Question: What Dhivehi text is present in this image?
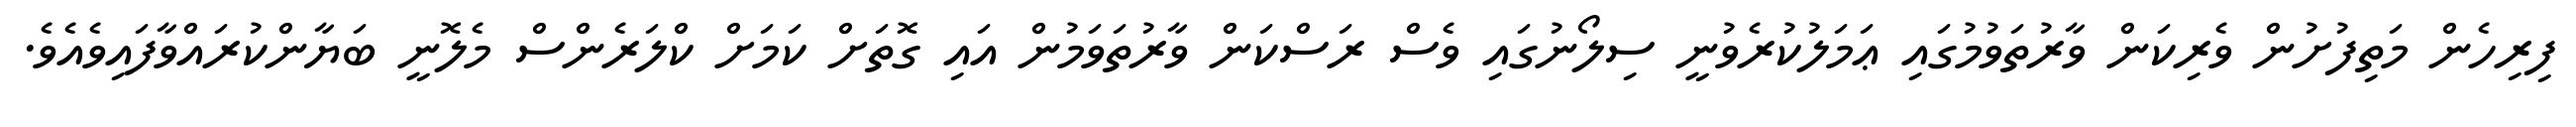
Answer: ފިރިހެން މަތިފުށުން ވެރިކަން ވާރުތަވުމުގައި ޢަމަލުކުރެވުނީ ސިލޯނުގައި ވެސް ރަސްކަން ވާރުތަވަމުން އައި ގޮތަށް ކަމަށް ކްލަރެންސް މެލޮނީ ބަޔާންކުރައްވާފައިވެއެވެ.